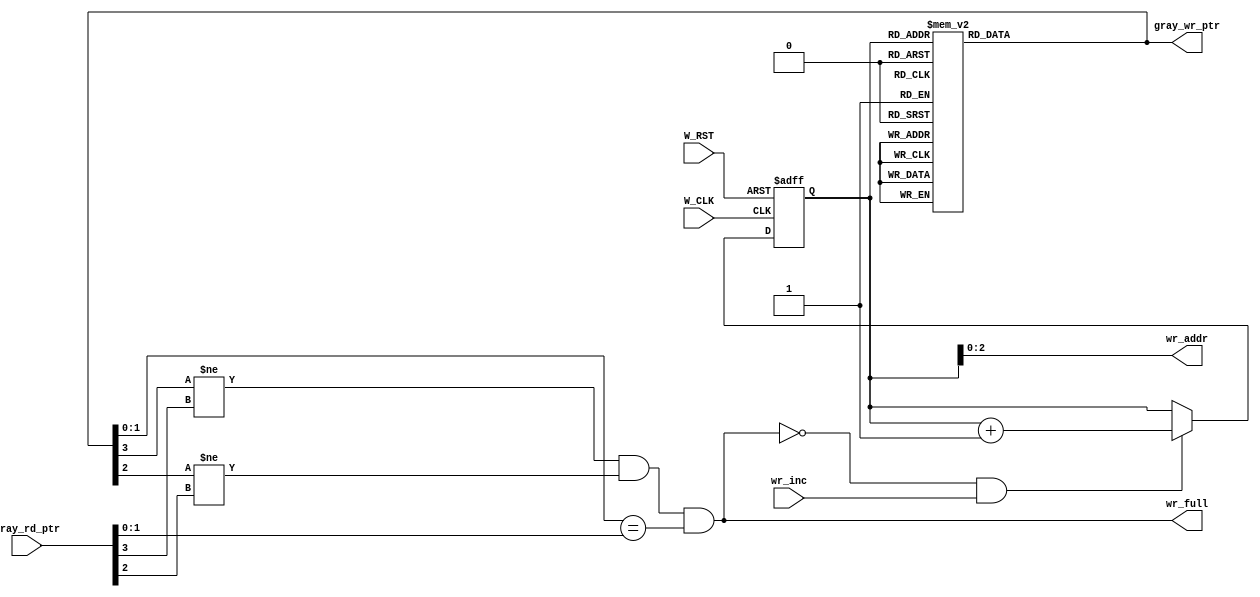
module ASYNC_FIFO_WR #(
    parameter   DATA_WIDTH  = 8,
                ADDR_WIDTH  = 3
)(
    input   wire                    W_CLK,
    input   wire                    W_RST,
    input   wire                    wr_inc,
    input   wire [ADDR_WIDTH:0]     gray_rd_ptr,
    output  wire [ADDR_WIDTH-1:0]   wr_addr,
    output  reg  [ADDR_WIDTH:0]     gray_wr_ptr,
    output  wire                    wr_full


);
    reg [ADDR_WIDTH:0]      write_pointer;
    
    always @(posedge W_CLK or negedge W_RST) begin
        if(~W_RST) begin
            write_pointer <= 'b0;
        end
        else if (~wr_full && wr_inc) begin
            write_pointer <= write_pointer + 1;
        end
    end
    
    always @(*) begin
        case (write_pointer)
            4'b0000: gray_wr_ptr = 4'b0000; 
            4'b0001: gray_wr_ptr = 4'b0001; 
            4'b0010: gray_wr_ptr = 4'b0011; 
            4'b0011: gray_wr_ptr = 4'b0010; 
            4'b0100: gray_wr_ptr = 4'b0110; 
            4'b0101: gray_wr_ptr = 4'b0111; 
            4'b0110: gray_wr_ptr = 4'b0101; 
            4'b0111: gray_wr_ptr = 4'b0100;  
            4'b1000: gray_wr_ptr = 4'b1100;  
            4'b1001: gray_wr_ptr = 4'b1101;  
            4'b1010: gray_wr_ptr = 4'b1111;  
            4'b1011: gray_wr_ptr = 4'b1110;  
            4'b1100: gray_wr_ptr = 4'b1010;  
            4'b1101: gray_wr_ptr = 4'b1011;  
            4'b1110: gray_wr_ptr = 4'b1001;  
            4'b1111: gray_wr_ptr = 4'b1000;  
        endcase
    end

    assign wr_addr = write_pointer[ADDR_WIDTH-1:0];
    assign wr_full = (gray_wr_ptr[3] != gray_rd_ptr[3]) && (gray_wr_ptr[2] != gray_rd_ptr[2]) && ((gray_wr_ptr[1:0] == gray_rd_ptr[1:0]));
endmodule